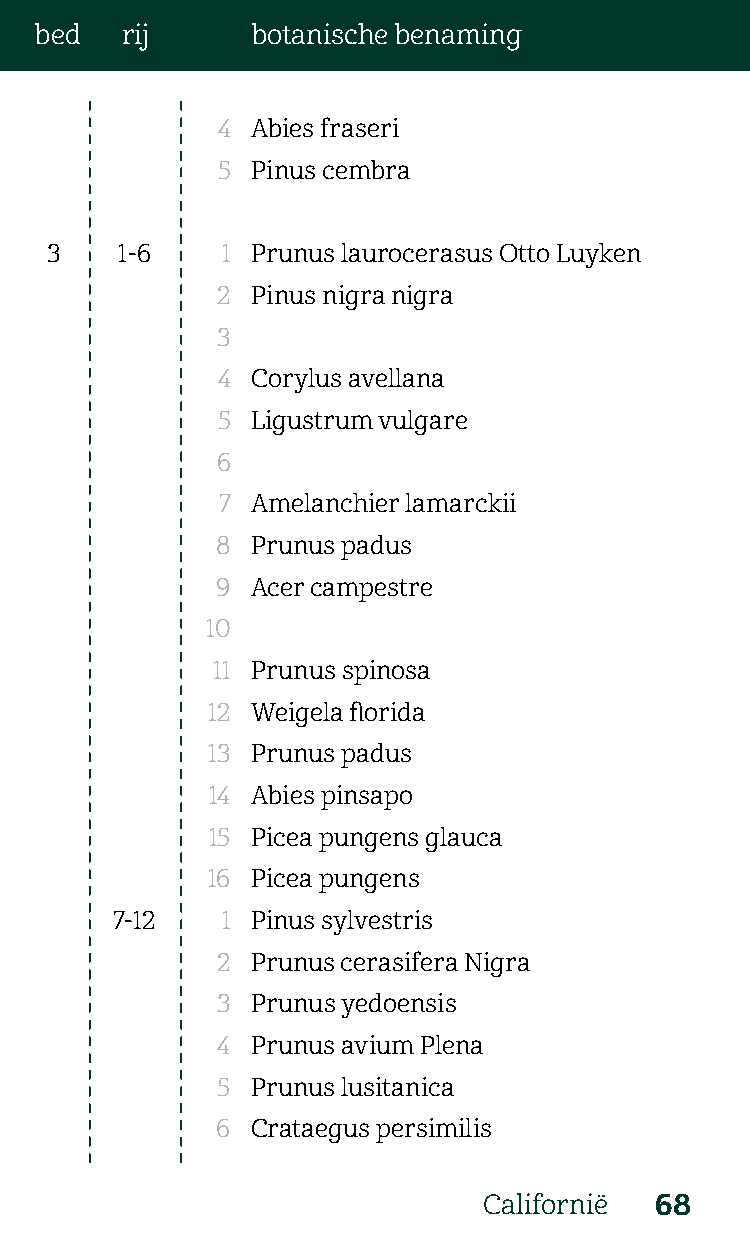
bed   rij      botanische benaming
 4  Abies fraseri
 5  Pinus cembra
 3    1-6    1 Prunus laurocerasus Otto Luyken
 2  Pinus nigra nigra
 3
 4  Corylus avellana
 5  Ligustrum vulgare
 6
 7  Amelanchier lamarckii
 8  Prunus padus
 9  Acer campestre
 10
 11 Prunus spinosa
 12 Weigela florida
 13 Prunus padus
 14 Abies pinsapo
 15 Picea pungens glauca
 16 Picea pungens
 7-12    1 Pinus sylvestris
 2  Prunus cerasifera Nigra
 3  Prunus yedoensis
 4  Prunus avium Plena
 5  Prunus lusitanica
 6  Crataegus persimilis
 Californië 68